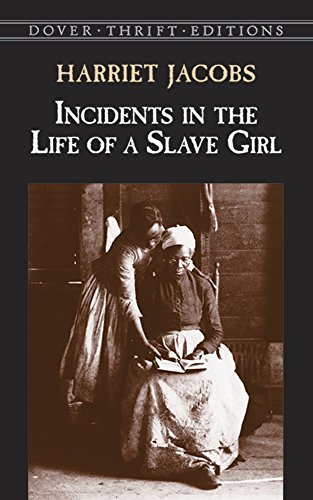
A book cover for Incidents in the Life of a Slave Girl (Dover Thrift Editions); Harriet Jacobs; Biographies & Memoirs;